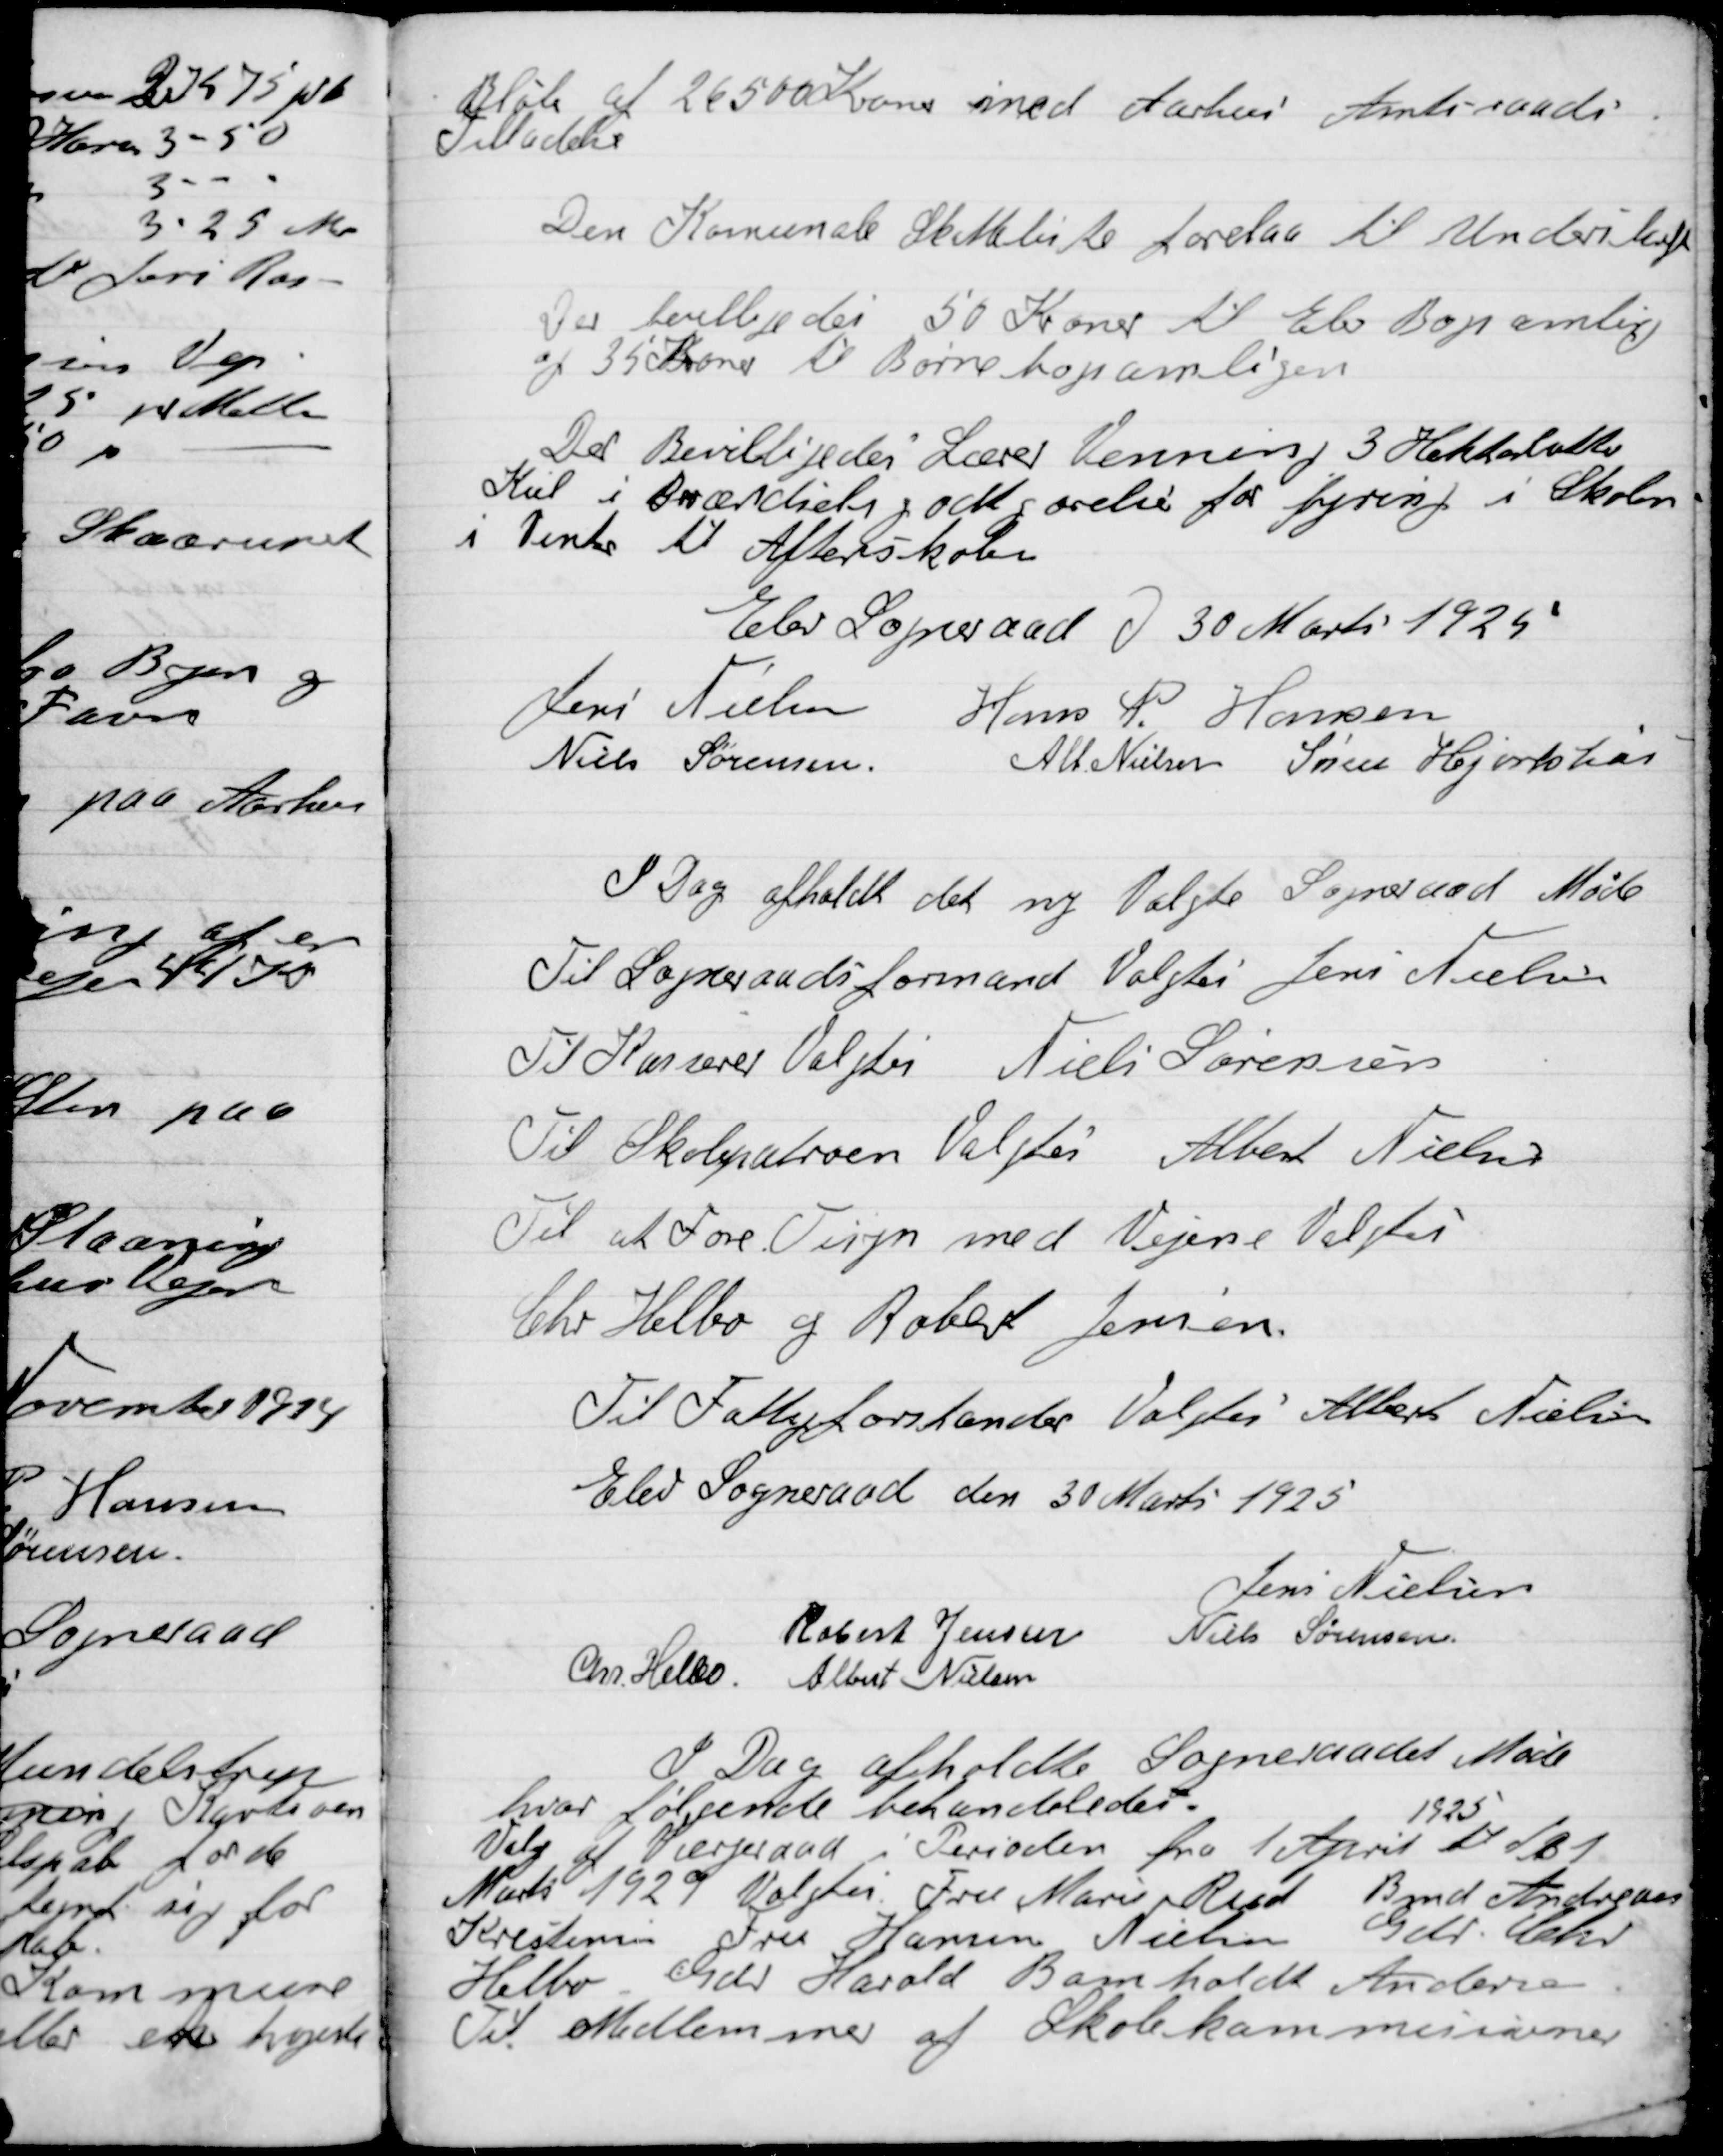
Transskription:
Beløb af 26500 Kroner med Aarhus Amtsraads
Tilladelse.

Den Kommunale Skatteliste forelaa til Underskrift.

Der bevilgedes 50 Kroner til Elev Bogsamling
og 35 Kroner til Børnebogsamlingen.

Der Bevilgedes Lærer Venning 3 Hektarlitter
Kul i Brændselsgodtgørelse for fyring i Skolen
i Vinter til Aftenskolen.

Elev Sogneraad Den 30 Marts 1925.

Jens Nielsen
Hans P. Hansen
Niels Sørensen
Alb. Nielsen
Søren Hjortshøi

I Dag afholdt det ny valgliste Sogneraads Møde
Til Sogneraadsformand Valgtes Jens Nielsen
Til Kasserer Valgtes Niels Sørensen
Til Skolepatroen Valgtes Albert Nielsen
Til at føre Tilsyn med Vejene Valgtes
Chr. Helbo og Robert Jensen
Til Fattigforstander Valgtes Albert Nielsen

Elev Sogneraad Den 30 Marts 1925.

Jens Nielsen
Robert Jensen
Niels Sørensen,
Chr. Helbo
Albert Nielsen

I Dag afholdt Sogneraads Møde
hvor følgende behandledes.
Valg af Værgeraad i Perioden fra 1 April
1925
til D. 1.
Marts 1929 Valgtes Fru Marie Rest Bmd. Andreas
Krestensen, Fru Hansen Nielsen, Gdr. Chr.
Helbo, Gdr. Harald Bomholdt Andersen
Til Medlemmer af Skolekommissionen